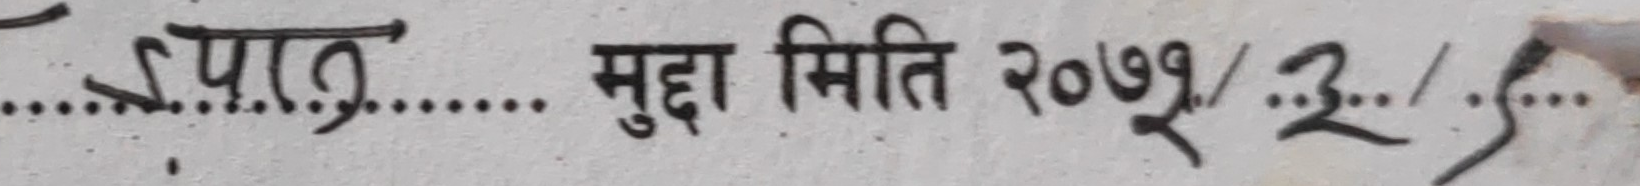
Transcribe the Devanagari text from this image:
....उपत्र्.... मुद्दा मिति २०७१/३/६